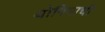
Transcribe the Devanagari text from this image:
योगियाची